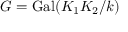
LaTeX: G = \operatorname { G a l } ( K _ { 1 } K _ { 2 } / k )